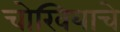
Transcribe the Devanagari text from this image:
चोखियाचे